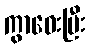
ကွာဝေးပြီး